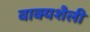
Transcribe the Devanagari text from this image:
वाक्यशैली